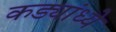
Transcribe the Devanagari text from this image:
कड्यांध्ये